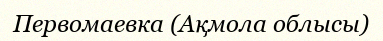
Первомаевка (Ақмола облысы)